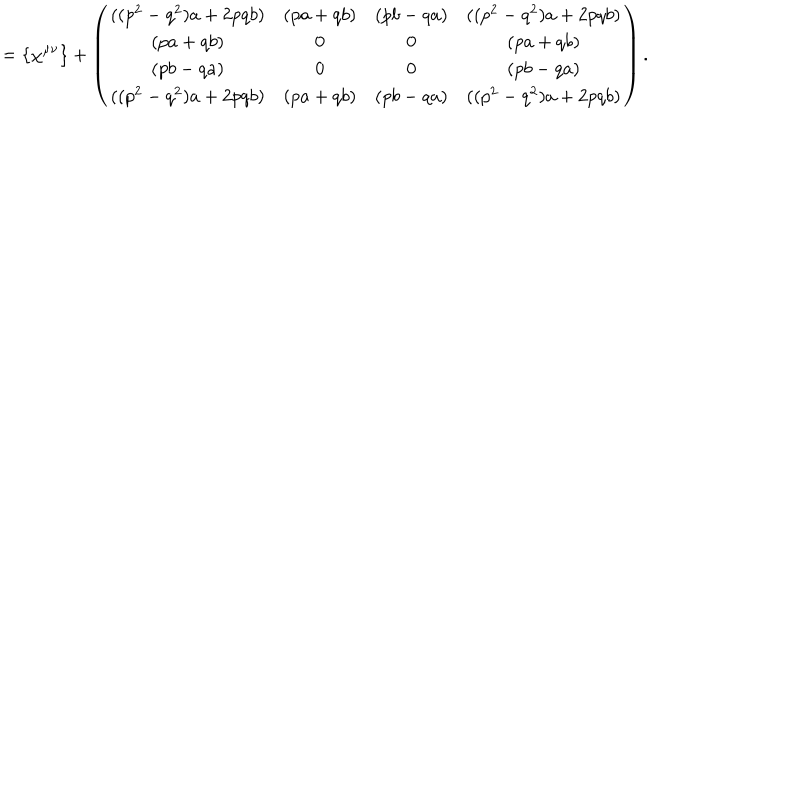
= \{ \chi ^ { \mu \nu } \} + \left( \begin{array} { c c c c } { { ( ( p ^ { 2 } - q ^ { 2 } ) a + 2 p q b ) } } & { { ( p a + q b ) } } & { { ( p b - q a ) } } & { { ( ( p ^ { 2 } - q ^ { 2 } ) a + 2 p q b ) } } \\ { { ( p a + q b ) } } & { { 0 } } & { { 0 } } & { { ( p a + q b ) } } \\ { { ( p b - q a ) } } & { { 0 } } & { { 0 } } & { { ( p b - q a ) } } \\ { { ( ( p ^ { 2 } - q ^ { 2 } ) a + 2 p q b ) } } & { { ( p a + q b ) } } & { { ( p b - q a ) } } & { { ( ( p ^ { 2 } - q ^ { 2 } ) a + 2 p q b ) } } \\ \end{array} \right) .